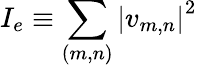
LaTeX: I_{e}\equiv\sum_{(m,n)}\left\lvert v_{m,n}\right\rvert^{2}